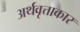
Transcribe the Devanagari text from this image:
अर्थवृत्ताकार